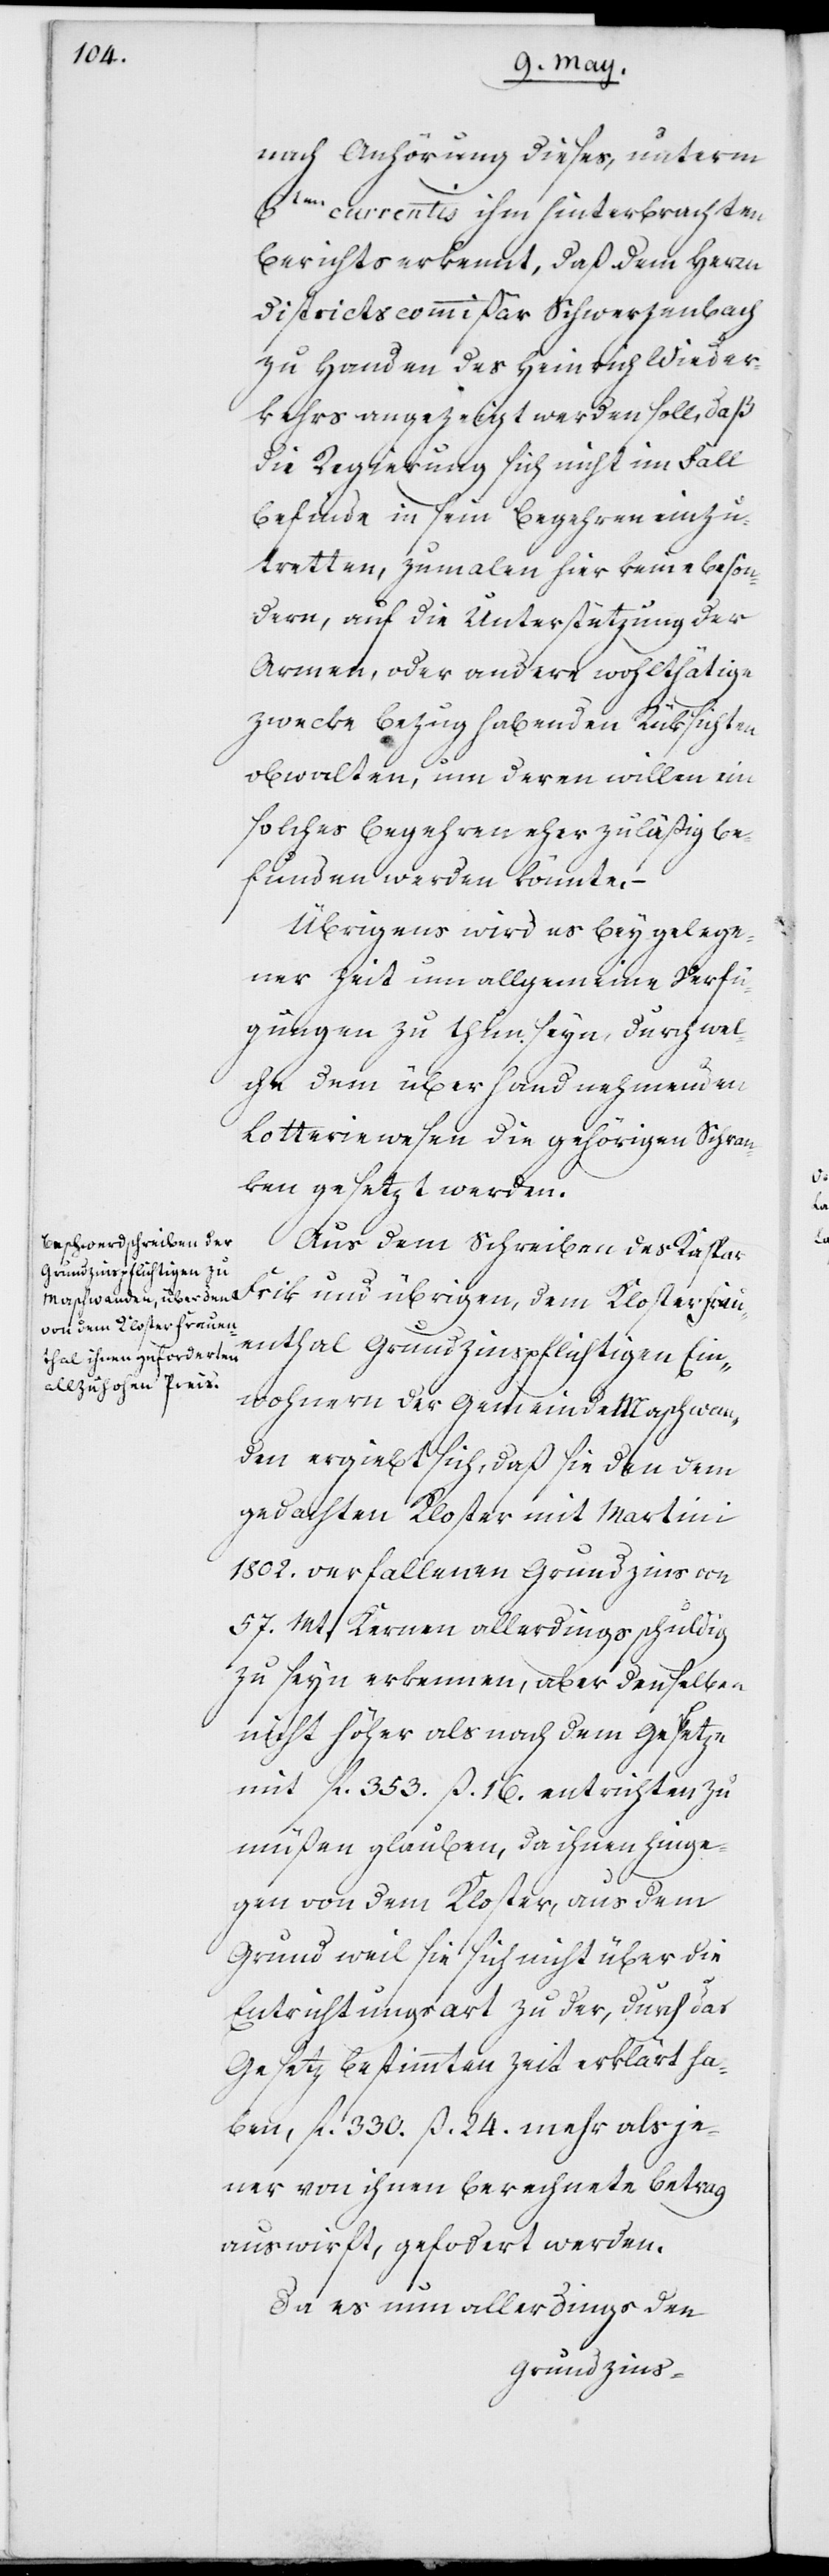
nach Anhörung dieses, unterm
6ten currentis ihm hinterbrachten
Berichts erkannt, daß dem Herrn
Districtscommißär Schwarzenbach
zu Handen des Heinrich Wieder¬
kehrs angezeigt werden soll, daß
die Regierung sich nicht im Fall
befinde, in sein Begehren einzu¬
tretten, zumalen hier keine beson¬
dern, auf die Unterstützung der
Armen, oder andere wohlthätige
Zwecke Bezug habenden Rüksichten
obwalten, um deren willen ein
solches Begehren eher zuläßig be¬
funden werden könnte.
Übrigens wird es bey gelege¬
ner Zeit um allgemeine Verfü¬
gungen zu thun seyn, durch wel¬
che dem überhand nehmenden
Lotteriewesen die gehörigen Schrau¬
ben gesetzt werden.
Aus dem Schreiben des Kaspar
Frik und übrigen, dem Kloster Frau¬
enthal Grundzinspflichtigen Ein¬
wohnern der Gemeinde Maschwan¬
den ergiebt sich, daß sie den dem
gedachten Kloster mit Martini
1802. verfallenen Grundzins von
57. Mt. Kernen allerdings schuldig
zu seyn erkennen, aber denselben
nicht höher als nach dem Gesetze
mit fl. 353. ß. 16. entrichten zu
müßen glauben, da ihnen hinge¬
gen von dem Kloster, aus dem
Grund weil sich nicht über die
Entrichtungsart zu der, durch das
Gesetz bestimmten Zeit erklärt ha¬
ben, fl. 330. ß. 24. mehr als je¬
ner von ihnen berechnete Betrag
auswirft, gefordert werden.
Da es nun allerdings den